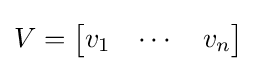
V={\begin{bmatrix}v_{1}&\cdots &v_{n}\end{bmatrix}}